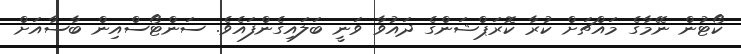
ކޯޓުން ނޭމާގެ މައްޗަށް ކުރާ ކޮރަޕްޝަންގެ ދައުވާ ވަނީ ބަލައިގެންފައެވެ. ސަންޓޯސްއިން ބާސާއަށް